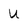
Character: U